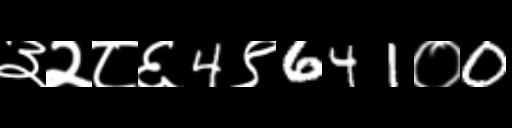
Text: ३२८६4९641०0